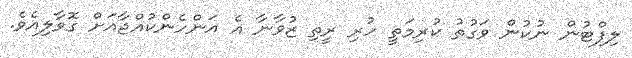
ލިފްޓުން ނުކުން ވަގުތު ކުރިމަތީ ހުރި ރީތި ޒުވާނާ އެ އަންހެންކުއްޖާއަށް ގޮވާލިއެވެ.